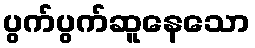
ပွက်ပွက်ဆူနေသော